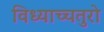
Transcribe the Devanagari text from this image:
विध्याच्चतुरो